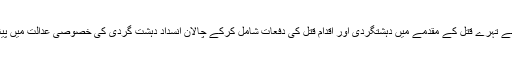
پولیس نے تہرے قتل کے مقدمے میں دہشتگردی اور اقدام ِقتل کی دفعات شامل کرکے چالان انسداد دہشت گردی کی خصوصی عدالت میں پیش کیا ۔